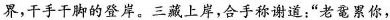
界，干手干脚的登岸。三藏上岸，合手称谢道：”老鼋累你，